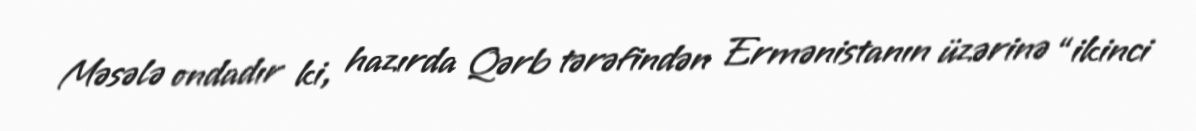
Məsələ ondadır ki, hazırda Qərb tərəfindən Ermənistanın üzərinə “ikinci